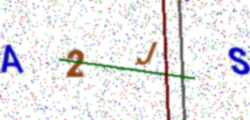
Text: A2JS